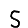
Digit: 5